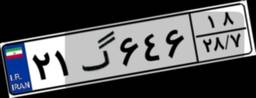
۲۱گ۶۴۶۱۸